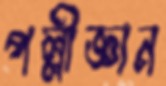
পল্লীজ্ঞান